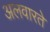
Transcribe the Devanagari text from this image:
अलवारते